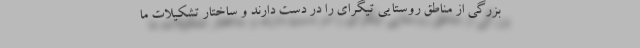
بزرگی از مناطق روستایی تیگرای را در دست دارند و ساختار تشکیلات ما